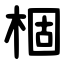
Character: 棝